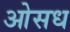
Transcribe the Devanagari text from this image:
ओसध